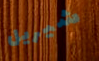
شيريل